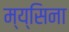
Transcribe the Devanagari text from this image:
म्य्सिना